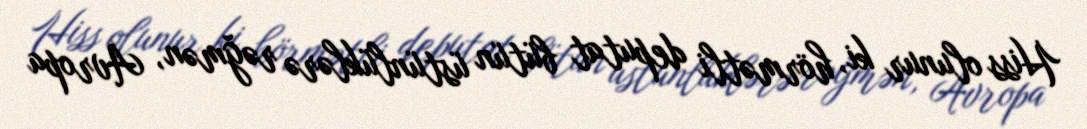
Hiss olunur ki, hörmətli deputat bütün üstünlüklərə rəğmən, Avropa